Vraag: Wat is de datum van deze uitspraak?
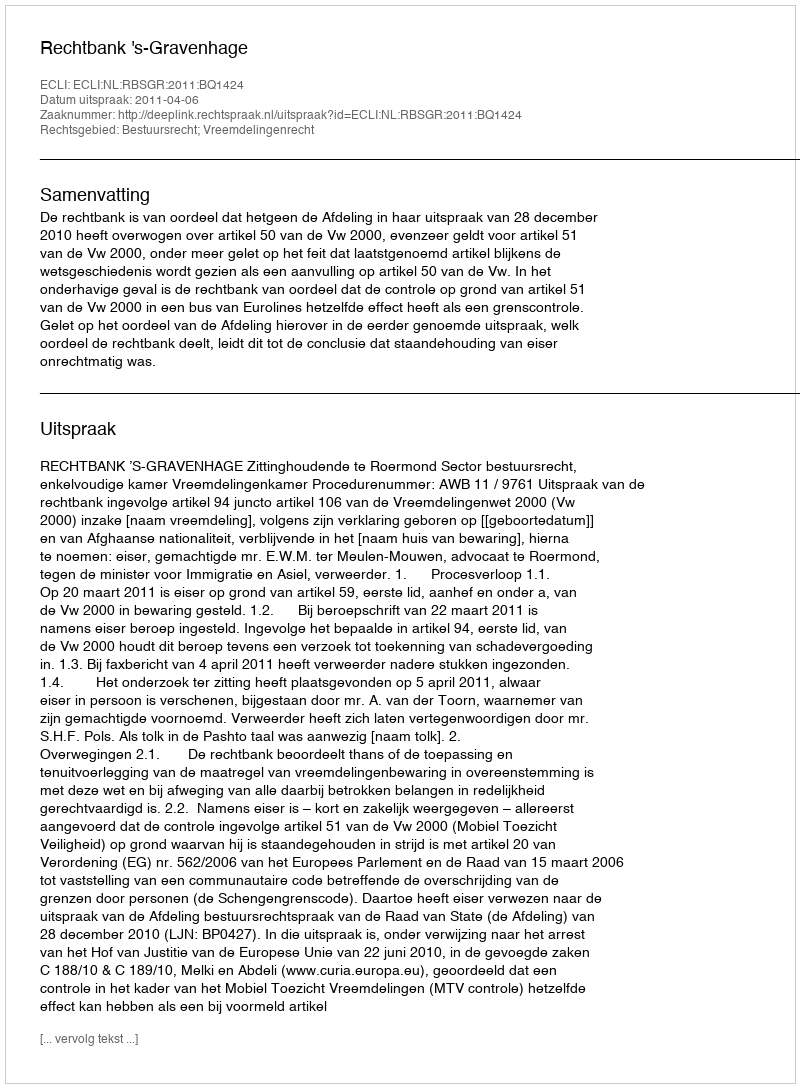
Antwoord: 2011-04-06